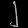
Digit: ၂